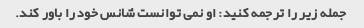
جمله زیر را ترجمه کنید: او نمی توانست شانس خود را باور کند.